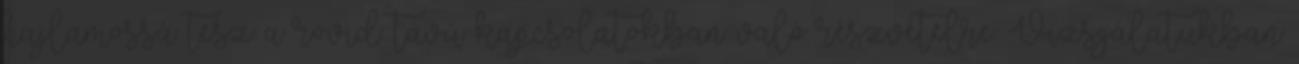
hajlamossá tesz a rövid távú kapcsolatokban való részvételre. Vizsgálatukban